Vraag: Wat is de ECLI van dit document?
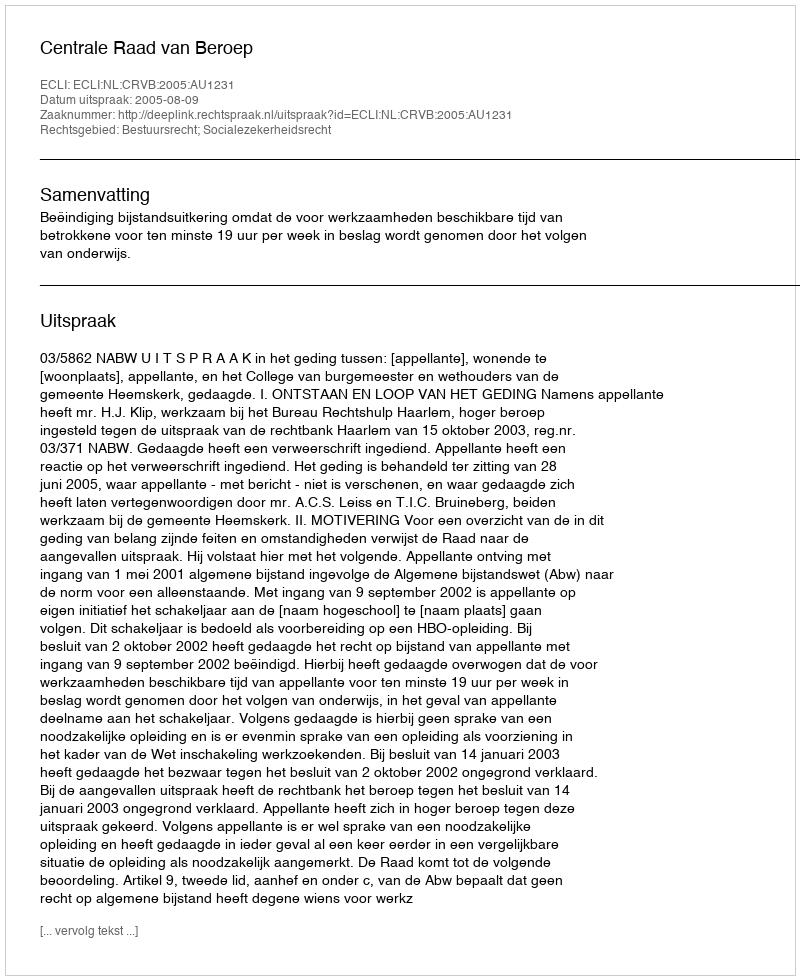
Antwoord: ECLI:NL:CRVB:2005:AU1231